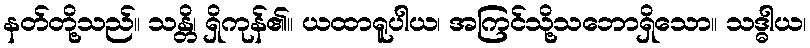
နတ်တို့သည်။ သန္တိ၊ ရှိကုန်၏။ ယထာရူပါယ၊ အကြင်သို့သဘောရှိသော။ သဒ္ဓါယ၊